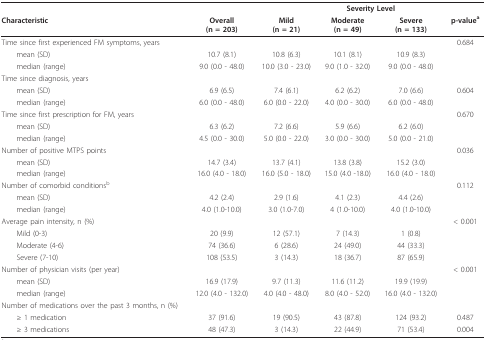
<table><thead><tr><td></td><td></td><td colspan="4"><b>Severity Level</b></td></tr><tr><td><b>Characteristic</b></td><td><b>Overall(n = 203)</b></td><td><b>Mild(n = 21)</b></td><td><b>Moderate(n = 49)</b></td><td><b>Severe(n = 133)</b></td><td><b>p-value<sup>a</sup></b></td></tr></thead><tbody><tr><td>Time since first experienced FM symptoms, years</td><td></td><td></td><td></td><td></td><td>0.684</td></tr><tr><td> mean (SD)</td><td>10.7 (8.1)</td><td>10.8 (6.3)</td><td>10.1 (8.1)</td><td>10.9 (8.3)</td><td></td></tr><tr><td> median (range)</td><td>9.0 (0.0 - 48.0)</td><td>10.0 (3.0 - 23.0)</td><td>9.0 (1.0 - 32.0)</td><td>9.0 (0.0 - 48.0)</td><td></td></tr><tr><td>Time since diagnosis, years</td><td></td><td></td><td></td><td></td><td></td></tr><tr><td> mean (SD)</td><td>6.9 (6.5)</td><td>7.4 (6.1)</td><td>6.2 (6.2)</td><td>7.0 (6.6)</td><td>0.604</td></tr><tr><td> median (range)</td><td>6.0 (0.0 - 48.0)</td><td>6.0 (0.0 - 22.0)</td><td>4.0 (0.0 - 30.0)</td><td>6.0 (0.0 - 48.0)</td><td></td></tr><tr><td>Time since first prescription for FM, years</td><td></td><td></td><td></td><td></td><td>0.670</td></tr><tr><td> mean (SD)</td><td>6.3 (6.2)</td><td>7.2 (6.6)</td><td>5.9 (6.6)</td><td>6.2 (6.0)</td><td></td></tr><tr><td> median (range)</td><td>4.5 (0.0 - 30.0)</td><td>5.0 (0.0 - 22.0)</td><td>3.0 (0.0 - 30.0)</td><td>5.0 (0.0 - 21.0)</td><td></td></tr><tr><td>Number of positive MTPS points</td><td></td><td></td><td></td><td></td><td>0.036</td></tr><tr><td> mean (SD)</td><td>14.7 (3.4)</td><td>13.7 (4.1)</td><td>13.8 (3.8)</td><td>15.2 (3.0)</td><td></td></tr><tr><td> median (range)</td><td>16.0 (4.0 - 18.0)</td><td>16.0 (5.0 - 18.0)</td><td>15.0 (4.0 -18.0)</td><td>16.0 (4.0 - 18.0)</td><td></td></tr><tr><td>Number of comorbid conditions<sup>b</sup></td><td></td><td></td><td></td><td></td><td>0.112</td></tr><tr><td> mean (SD)</td><td>4.2 (2.4)</td><td>2.9 (1.6)</td><td>4.1 (2.3)</td><td>4.4 (2.6)</td><td></td></tr><tr><td> median (range)</td><td>4.0 (1.0-10.0)</td><td>3.0 (1.0-7.0)</td><td>4 (1.0-10.0)</td><td>4.0 (1.0-10.0)</td><td></td></tr><tr><td>Average pain intensity, n (%)</td><td></td><td></td><td></td><td></td><td>&lt; 0.001</td></tr><tr><td> Mild (0-3)</td><td>20 (9.9)</td><td>12 (57.1)</td><td>7 (14.3)</td><td>1 (0.8)</td><td></td></tr><tr><td> Moderate (4-6)</td><td>74 (36.6)</td><td>6 (28.6)</td><td>24 (49.0)</td><td>44 (33.3)</td><td></td></tr><tr><td> Severe (7-10)</td><td>108 (53.5)</td><td>3 (14.3)</td><td>18 (36.7)</td><td>87 (65.9)</td><td></td></tr><tr><td>Number of physician visits (per year)</td><td></td><td></td><td></td><td></td><td>&lt; 0.001</td></tr><tr><td> mean (SD)</td><td>16.9 (17.9)</td><td>9.7 (11.3)</td><td>11.6 (11.2)</td><td>19.9 (19.9)</td><td></td></tr><tr><td> median (range)</td><td>12.0 (4.0 - 132.0)</td><td>4.0 (4.0 - 48.0)</td><td>8.0 (4.0 - 52.0)</td><td>16.0 (4.0 - 132.0)</td><td></td></tr><tr><td>Number of medications over the past 3 months, n (%)</td><td></td><td></td><td></td><td></td><td></td></tr><tr><td> ≥ 1 medication</td><td>37 (91.6)</td><td>19 (90.5)</td><td>43 (87.8)</td><td>124 (93.2)</td><td>0.487</td></tr><tr><td> ≥ 3 medications</td><td>48 (47.3)</td><td>3 (14.3)</td><td>22 (44.9)</td><td>71 (53.4)</td><td>0.004</td></tr></tbody></table>